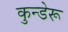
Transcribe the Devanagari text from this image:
कुन्डेरू